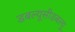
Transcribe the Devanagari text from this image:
डबल्यूसीडबल्यू